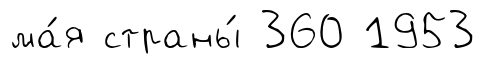
ма́я страны́ 360 1953